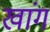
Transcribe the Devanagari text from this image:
खांग